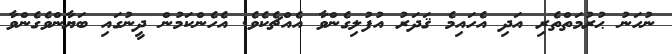
ނުހަނު ޙުރުމަތްތެރި އަދި އެހައިމެ ޤަދަރު އުފުލިގެންވާ އެއްޗެކެވެ. އެހެންކަމުން ދީނުގައި ބަޔާންވެގެންވާ